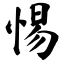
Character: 惕